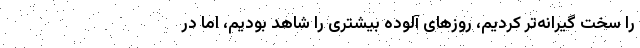
را سخت گیرانه‌تر کردیم، روز‌های آلوده بیشتری را شاهد بودیم، اما در